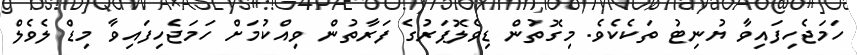
ހަމަޖެހިފައިވާ ޔުނިޓު ތަކެކެވެ. މިގޮތުން ޑިވެލޮޕަރުގެ ފަރާތުން ވިއްކުމަށް ހަމަޖެހިފައިވާ މިޑް ލެވެލް